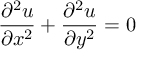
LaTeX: { \frac { \partial ^ { 2 } u } { \partial x ^ { 2 } } } + { \frac { \partial ^ { 2 } u } { \partial y ^ { 2 } } } = 0